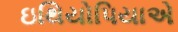
ઇથિયોપિયાએ